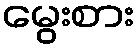
မွေးစား